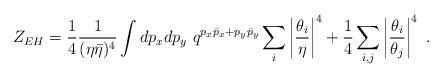
LaTeX: \begin{align*}Z_{EH} = {1\over 4}{1\over (\eta\bar\eta)^4}\int dp_xdp_y \,\,q^{p_x\bar p_x + p_y\bar p_y}\sum_i\left|{\theta_i\over \eta}\right|^4 + {1\over 4}\sum_{i,j}\left|{\theta_i\over\theta_j}\right|^4\,\, .\end{align*}